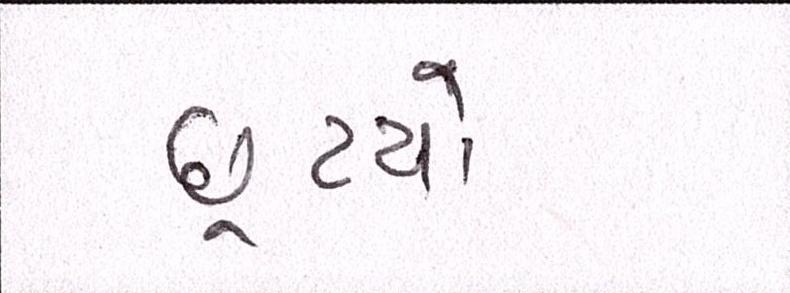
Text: છૂટયો